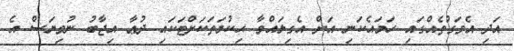
އަދި އެވަގުތެއްގައި ހަމައެކަނި އަށް އެގިލައްވާ ޙިކުމަތަކަށްޓަކައި ދުޢާ އިޖާބު ނުވިޔަސް އެ